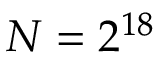
N = 2 ^ { 1 8 }